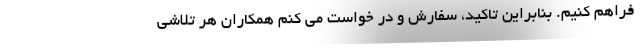
فراهم کنیم. بنابراین تاکید، سفارش و در خواست می کنم همکاران هر تلاشی